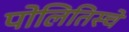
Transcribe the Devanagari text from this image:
पोलितिस्चे